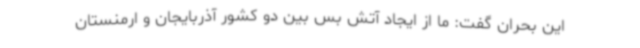
این بحران گفت: ما از ایجاد آتش بس بین دو کشور آذربایجان و ارمنستان